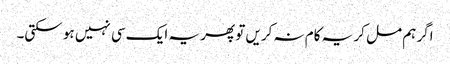
اگر ہم مل کر یہ کام نہ کریں تو پھر یہ ایک سی نہیں ہو سکتی۔